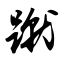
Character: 蹴